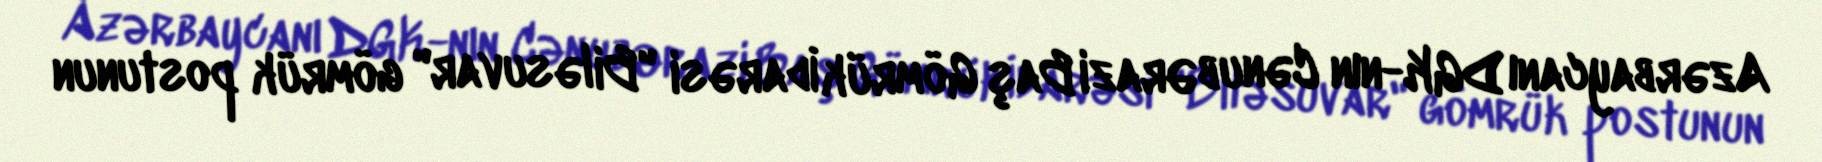
Azərbaycanı DGK-nın Cənub Ərazi Baş Gömrük İdarəsi "Biləsuvar" gömrük postunun